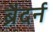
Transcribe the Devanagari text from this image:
ब्रैदर्न